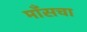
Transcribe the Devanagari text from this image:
माँसचा